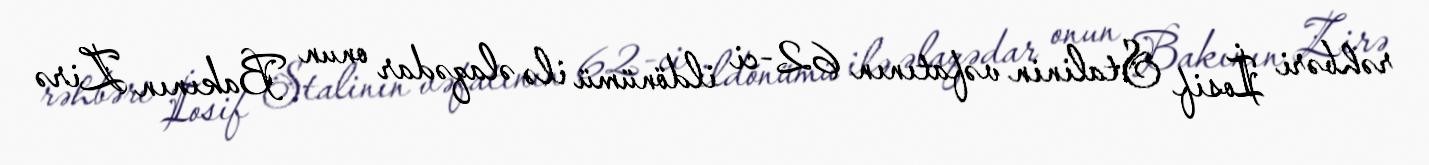
rəhbəri İosif Stalinin vəfatının 62-ci ildönümü ilə əlaqədar onun Bakının Zirə